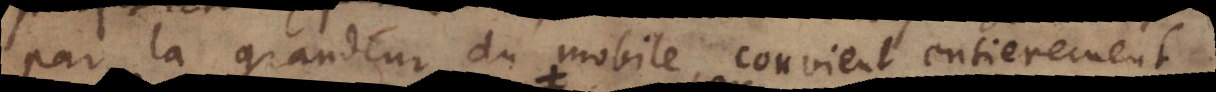
par la grandeur du mobile, convient entierement